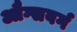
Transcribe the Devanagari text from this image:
औग्सवर्ग